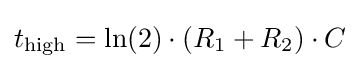
t_{\text{high}}=\ln(2)\cdot (R_{1}+R_{2})\cdot C